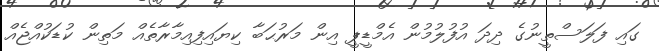
ގައި ފަލަސްތީނުގެ ދިދަ އުފުލުމުން އެމްޑީޕީ އިން މަރުޙަބާ ކިޔައިފިއިމާރާތެއް މަތިން ކުޑަކުއްޖެއް